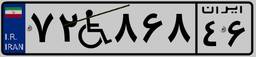
۷۲W۸۶۸۴۶